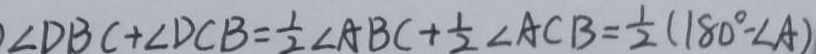
\angle D B C + \angle D C B = \frac { 1 } { 2 } \angle A B C + \frac { 1 } { 2 } \angle A C B = \frac { 1 } { 2 } ( 1 8 0 ^ { \circ } - \angle A )